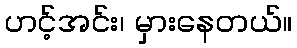
ဟင့်အင်း၊ မှားနေတယ်။